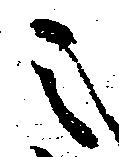
之